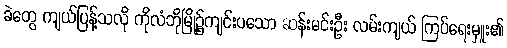
ခဲတွေ ကျယ်ပြန့်သလို ကိုလံဘိုမြို့၌ကျင်းပသော ဆန်းမင်းဦး လမ်းကျယ် ကြပ်ရေးမှူး၏